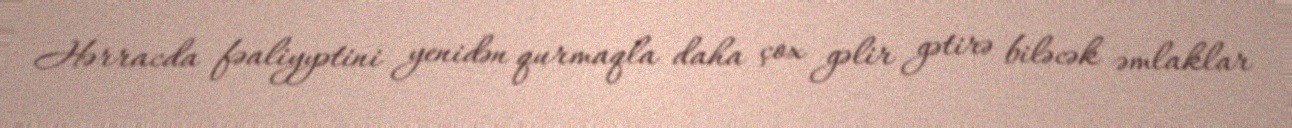
Hərracda fəaliyyətini yenidən qurmaqla daha çox gəlir gətirə biləcək əmlaklar